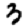
Digit: 3